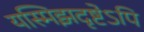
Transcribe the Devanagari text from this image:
यस्मिझदृष्टेऽपि